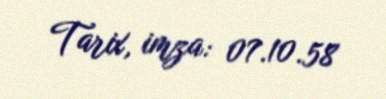
Tarix, imza: 07.10.58